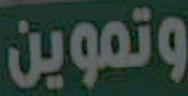
وتموين